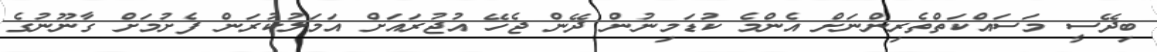
ބިދޭސީ މަސައްކަތްތެރިންނަށް އެންމެ ކުޑަމިނުން ދޭން ޖެހޭ އުޖުރައަށް އަމަލުކުރަން ފެށުމަށް ގާނޫނުގެ